DOW-UAP-D64, Mission Report, Iran, November 2020
Agency: Department of War
Incident date: 11/2/20
Incident location: Iran
Page 2
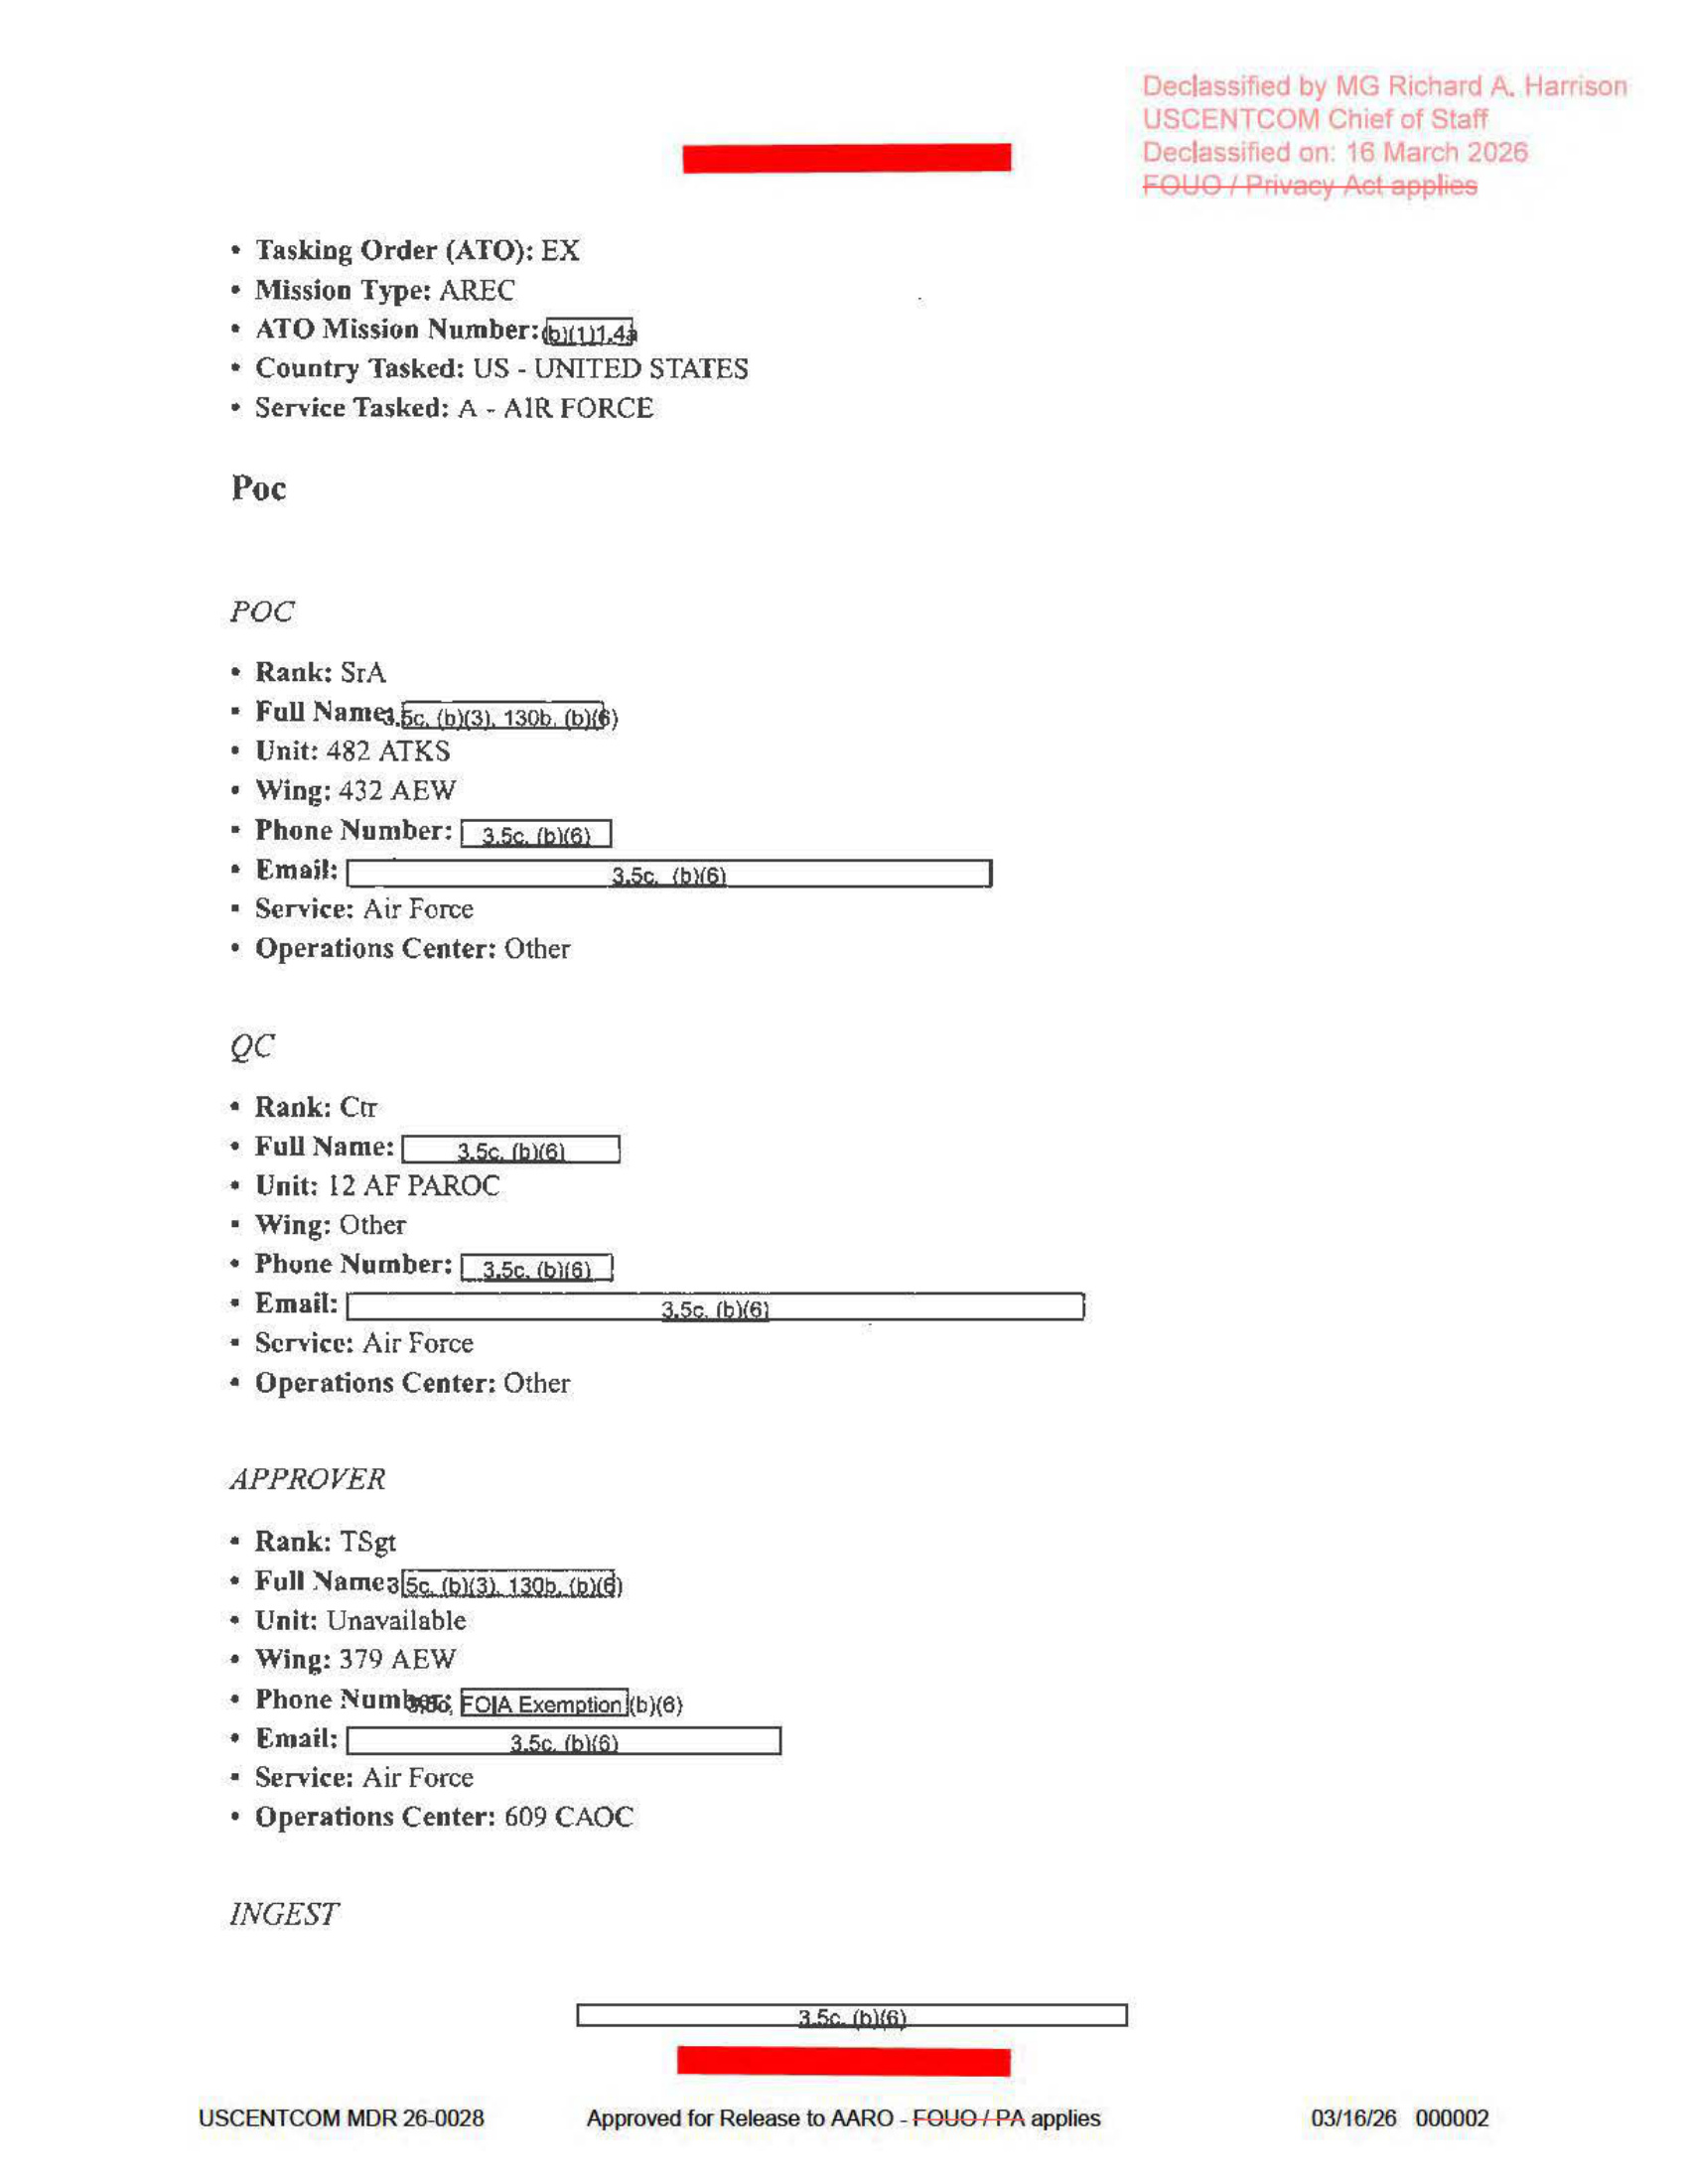